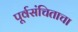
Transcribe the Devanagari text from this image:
पूर्वसंचिताचा